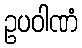
ဥပဝါဏံ